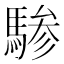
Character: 𬳯